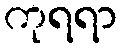
ကုရရာ